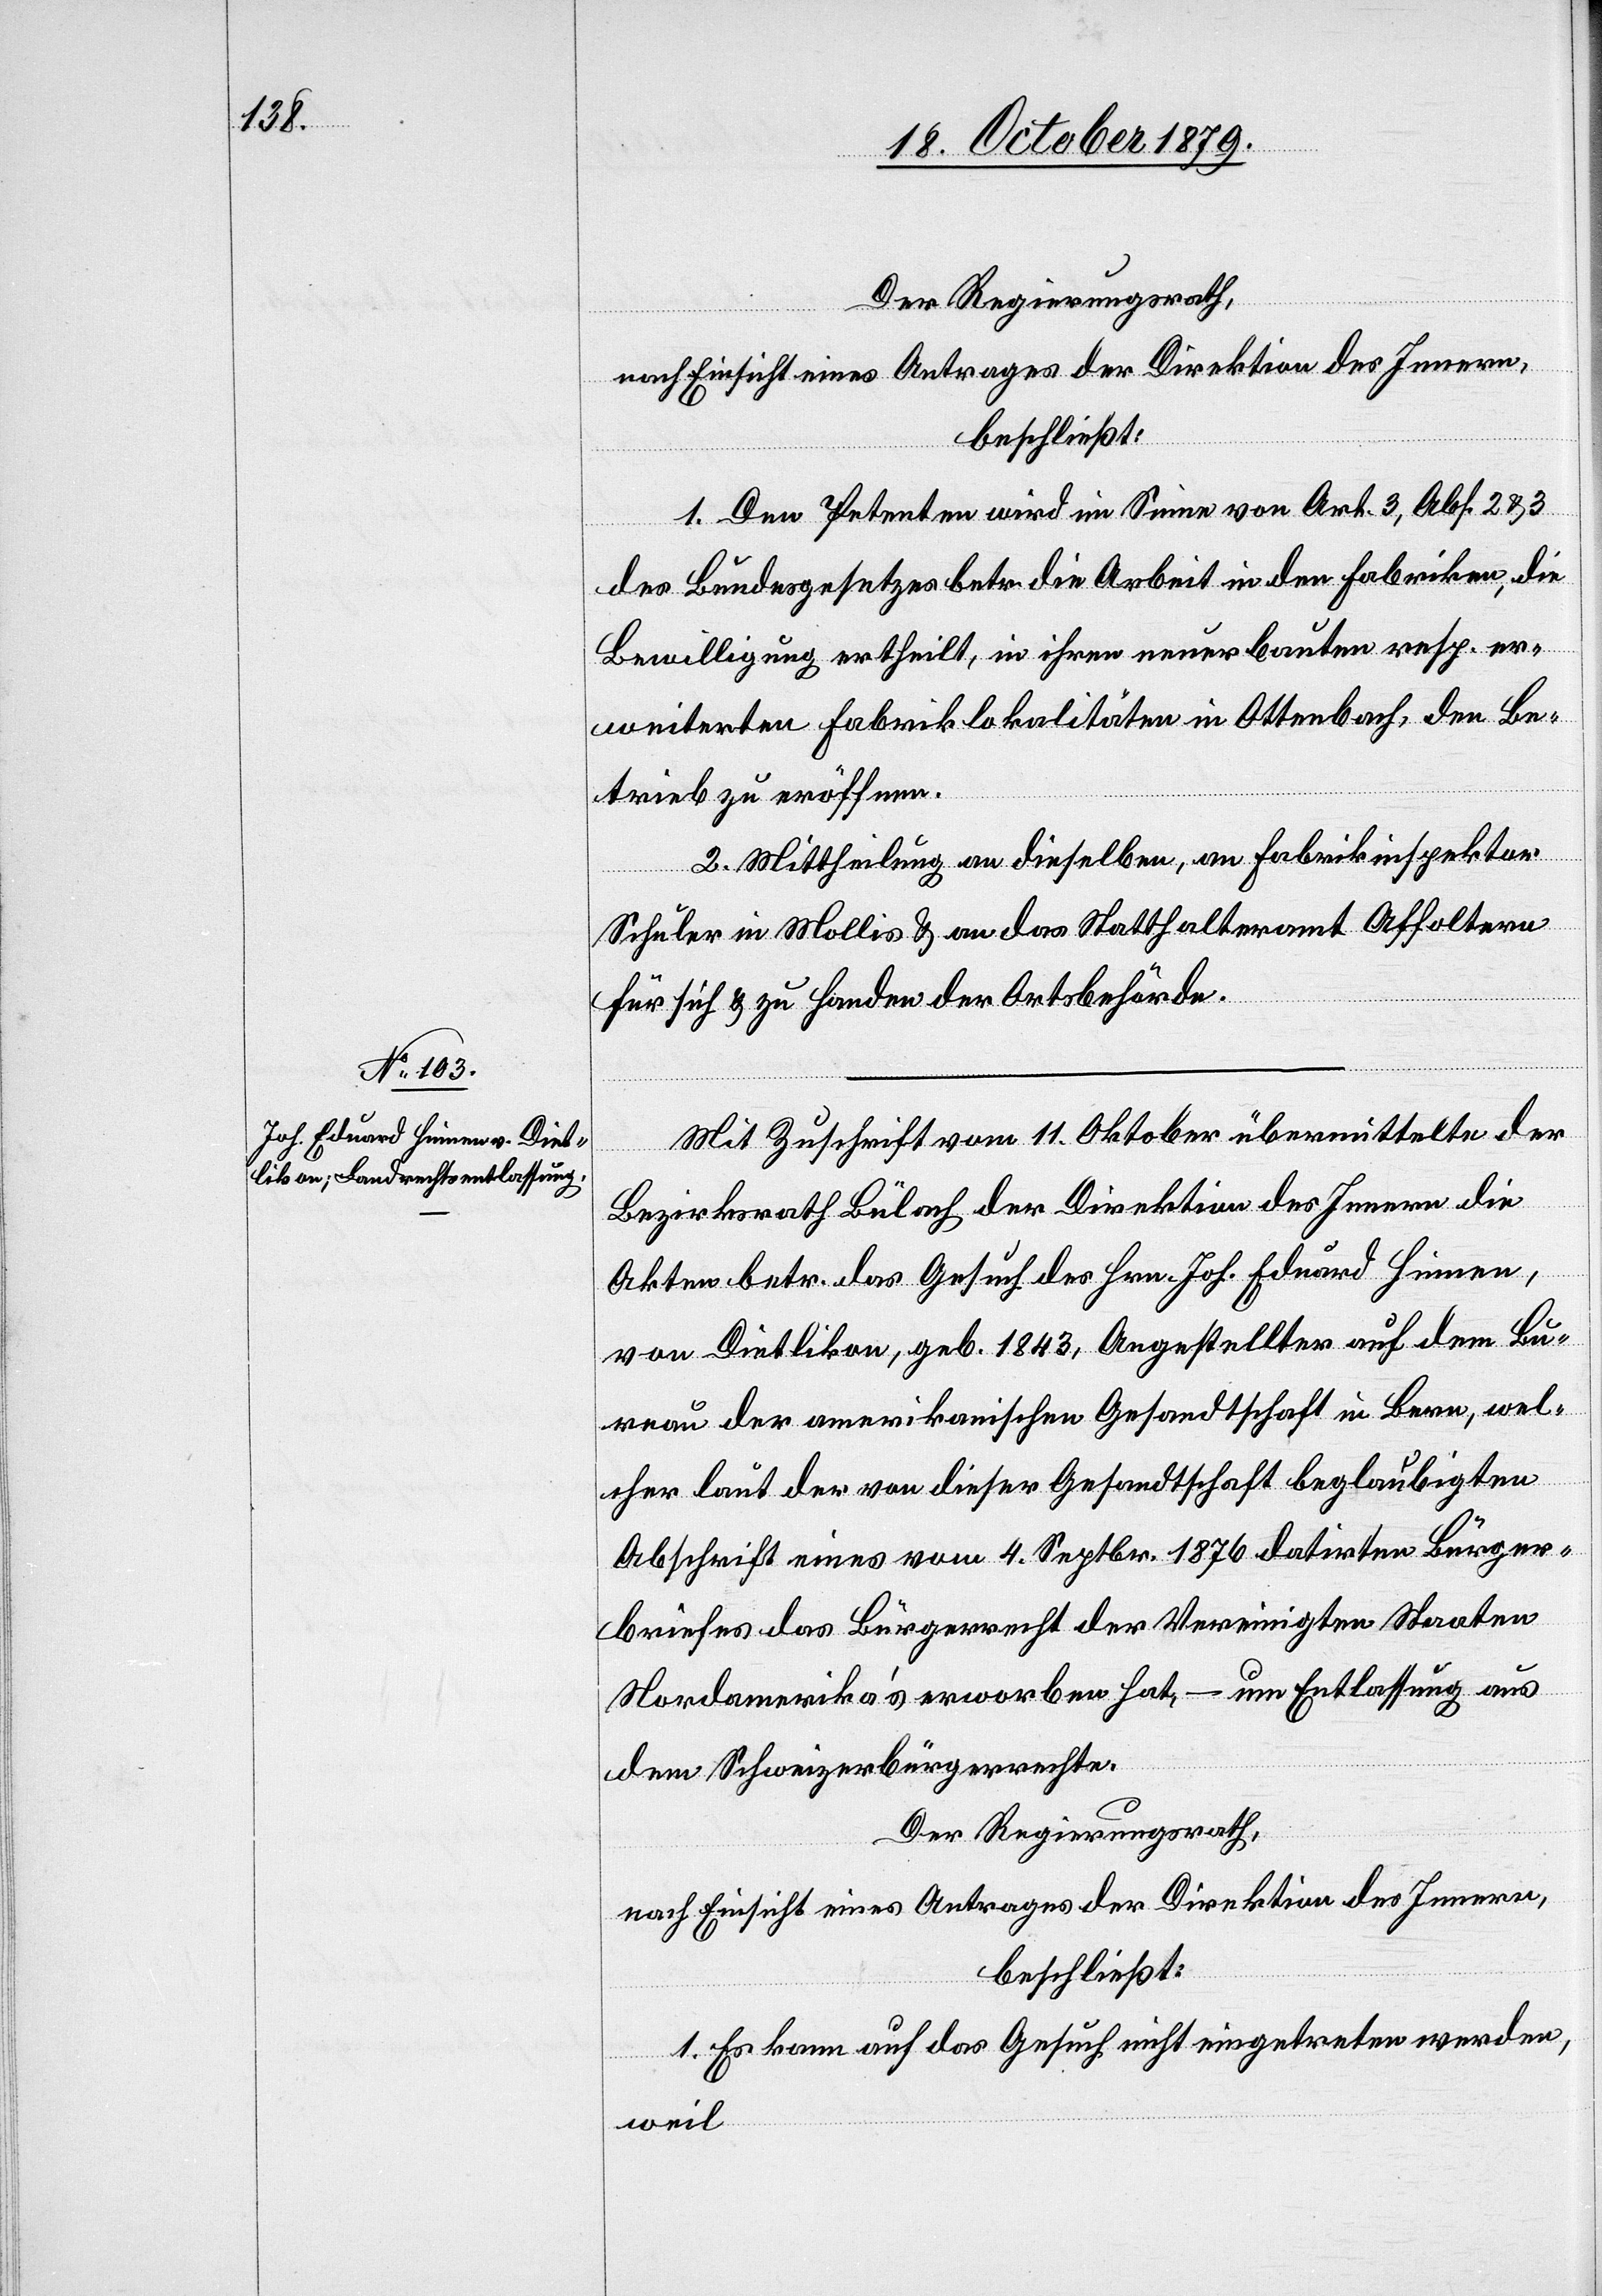
Der Regierungsrath,
nach Einsicht eines Antrages der Direktion des Innern,
beschließt:
1. Den Petenten wird im Sinne von Art. 3, Abs. 2 & 3
des Bundesgesetzes betr. die Arbeit in den Fabriken, die
Bewilligung ertheilt, in ihren neuerbauten resp. er¬
weiterten Fabriklokalitäten in Ottenbach, den Be¬
trieb zu eröffnen.
2. Mittheilung an dieselben, an Fabrikinspektor
Schuler in Mollis & an das Statthalteramt Affoltern
für sich & zu Handen der Ortsbehörde.
Mit Zuschrift vom 11. Oktober übermittelte der
Bezirksrath Bülach der Direktion des Innern die
Akten betr. das Gesuch des Hrn. Joh. Eduard Heinen,
von Dietlikon, geb. 1843, Angestellter auf dem Bu¬
reau der amerikanischen Gesandtschaft in Bern, wel¬
cher laut der von dieser Gesandtschaft beglaubigten
Abschrift eines vom 14. Septbr. 1876 datirten Bürger¬
briefes das Bürgerrecht der Vereinigten Staaten
Nordamerika’s erworben hat, – um Entlassung aus
dem Schweizerbürgerrechte.
Der Regierungsrath,
nach Einsicht eines Antrages der Direktion des Innern,
beschließt:
1. Es kann auf das Gesuch nicht eingetreten werden,
weil